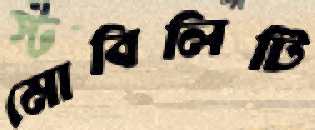
মোবিলিটি